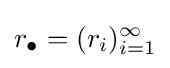
r_{\bullet }=(r_{i})_{i=1}^{\infty }